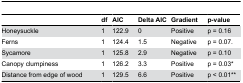
<table><thead><tr><td></td><td><b>df</b></td><td><b>AIC</b></td><td><b>Delta AIC</b></td><td><b>Gradient</b></td><td><b>p-value</b></td></tr></thead><tbody><tr><td>Honeysuckle</td><td>1</td><td>122.9</td><td>0</td><td>Positive</td><td>p = 0.16</td></tr><tr><td>Ferns</td><td>1</td><td>124.4</td><td>1.5</td><td>Negative</td><td>p = 0.07.</td></tr><tr><td>Sycamore</td><td>1</td><td>125.8</td><td>2.9</td><td>Negative</td><td>p = 0.10</td></tr><tr><td>Canopy clumpiness</td><td>1</td><td>126.2</td><td>3.3</td><td>Positive</td><td>p = 0.03*</td></tr><tr><td>Distance from edge of wood</td><td>1</td><td>129.5</td><td>6.6</td><td>Positive</td><td>p &lt; 0.01**</td></tr></tbody></table>